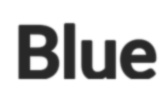
Blue